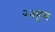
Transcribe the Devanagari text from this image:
२३हूम